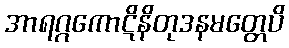
အာရဂ္ဂကောဋိနိတုဒနမတ္တေပိ